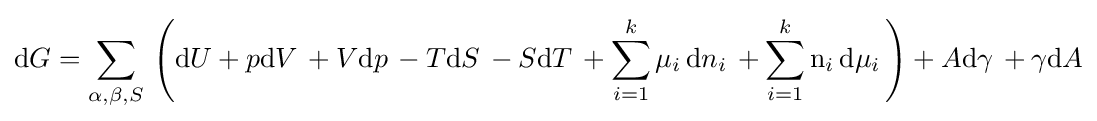
\mathrm {d} G=\sum _{\alpha ,\beta ,S}\,\left(\mathrm {d} U+p\mathrm {d} V\,+V\mathrm {d} p\,-T\mathrm {d} S\,-S\mathrm {d} T\,+\sum _{i=1}^{k}\mu _{i}\,\mathrm {d} n_{i}\,+\sum _{i=1}^{k}\mathrm {n} _{i}\,\mathrm {d} \mu _{i}\,\right)+A\mathrm {d} \gamma \,+\gamma \mathrm {d} A